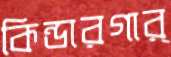
কিন্ডারগার্